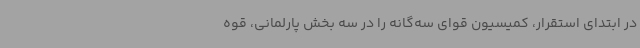
در ابتدای استقرار، کمیسیون قوای سه‌گانه را در سه بخش پارلمانی، قوه